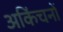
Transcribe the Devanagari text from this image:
अकिंचनों